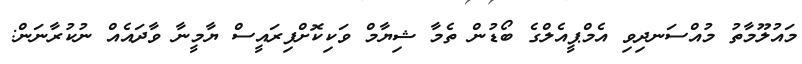
މައުލޫމާތު މުއްސަނދިވި އެމްޕީއެލްގެ ބޯޑުން ތެމާ ޝިޔާމް ވަކިކޮށްފިރައީސް ޔާމީނާ ވާދައެއް ނުކުރާނަން: